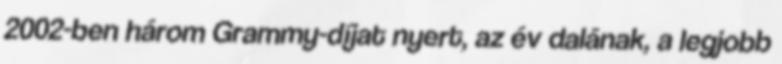
2002-ben három Grammy-díjat nyert, az év dalának, a legjobb